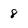
Character: 8